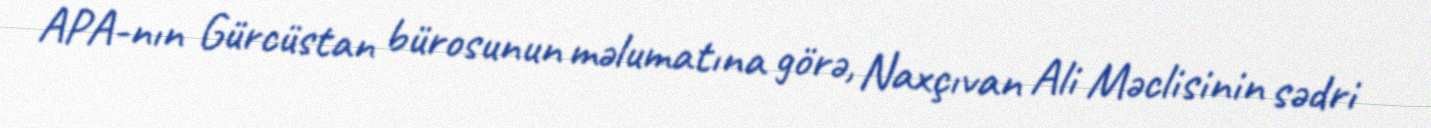
APA-nın Gürcüstan bürosunun məlumatına görə, Naxçıvan Ali Məclisinin sədri